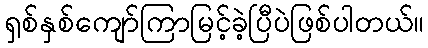
ရှစ်နှစ်ကျော်ကြာမြင့်ခဲ့ပြီပဲဖြစ်ပါတယ်။